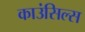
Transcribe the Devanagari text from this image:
काउंसिल्स